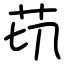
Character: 苆